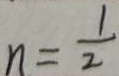
n = \frac { 1 } { 2 }